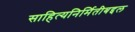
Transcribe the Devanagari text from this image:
साहित्यनिर्मितीबद्दल